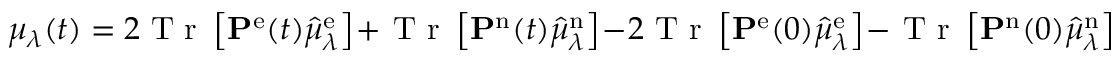
\mu _ { \lambda } ( t ) = 2 \mathrm { ~ T ~ r ~ } \left[ \mathbf { P } ^ { \mathrm { e } } ( t ) \hat { \mu } _ { \lambda } ^ { \mathrm { e } } \right] + \mathrm { ~ T ~ r ~ } \left[ \mathbf { P } ^ { \mathrm { n } } ( t ) \hat { \mu } _ { \lambda } ^ { \mathrm { n } } \right] - 2 \mathrm { ~ T ~ r ~ } \left[ \mathbf { P } ^ { \mathrm { e } } ( 0 ) \hat { \mu } _ { \lambda } ^ { \mathrm { e } } \right] - \mathrm { ~ T ~ r ~ } \left[ \mathbf { P } ^ { \mathrm { n } } ( 0 ) \hat { \mu } _ { \lambda } ^ { \mathrm { n } } \right]